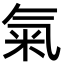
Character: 氣